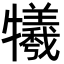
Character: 犧